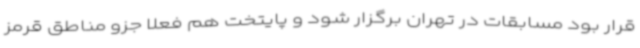
قرار بود مسابقات در تهران برگزار شود و پایتخت هم فعلا جزو مناطق قرمز